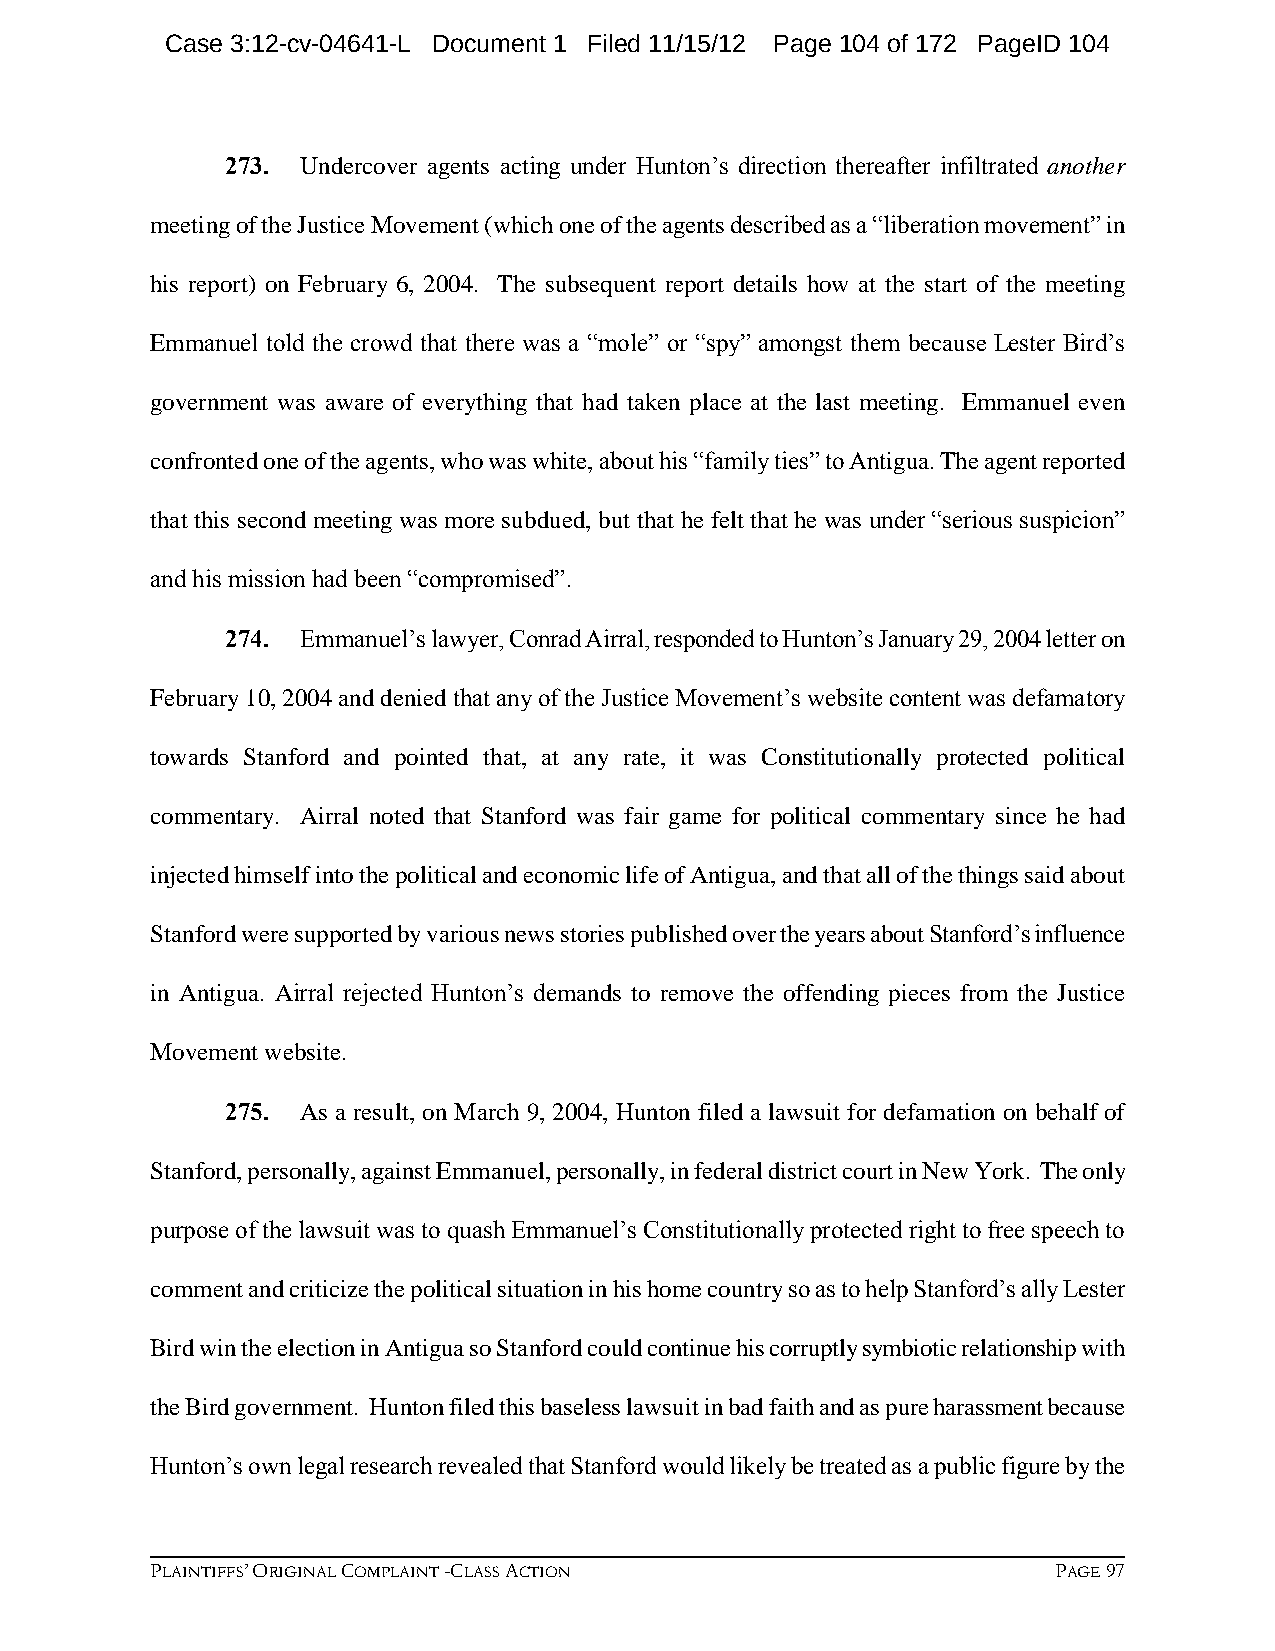
Case 3:12-cv-04641-L Document 1 Filed 11/15/12 Page 104 of 172 PageID 104
 273. Undercover agents acting under Hunton’s direction thereafter infiltrated another
 meeting of the Justice Movement (which one of the agents described as a “liberation movement” in
 his report) on February 6, 2004. The subsequent report details how at the start of the meeting
 Emmanuel told the crowd that there was a “mole” or “spy” amongst them because Lester Bird’s
 government was aware of everything that had taken place at the last meeting. Emmanuel even
 confronted one of the agents, who was white, about his “family ties” to Antigua. The agent reported
 that this second meeting was more subdued, but that he felt that he was under “serious suspicion”
 and his mission had been “compromised”.
 274. Emmanuel’s lawyer, Conrad Airral, responded to Hunton’s January 29, 2004 letter on
 February 10, 2004 and denied that any of the Justice Movement’s website content was defamatory
 towards Stanford and pointed that, at any rate, it was Constitutionally protected political
 commentary. Airral noted that Stanford was fair game for political commentary since he had
 injected himself into the political and economic life of Antigua, and that all of the things said about
 Stanford were supported by various news stories published over the years about Stanford’s influence
 in Antigua. Airral rejected Hunton’s demands to remove the offending pieces from the Justice
 Movement website.
 275. As a result, on March 9, 2004, Hunton filed a lawsuit for defamation on behalf of
 Stanford, personally, against Emmanuel, personally, in federal district court in New York. The only
 purpose of the lawsuit was to quash Emmanuel’s Constitutionally protected right to free speech to
 comment and criticize the political situation in his home country so as to help Stanford’s ally Lester
 Bird win the election in Antigua so Stanford could continue his corruptly symbiotic relationship with
 the Bird government. Hunton filed this baseless lawsuit in bad faith and as pure harassment because
 Hunton’s own legal research revealed that Stanford would likely be treated as a public figure by the
 PLAINTIFFS’ ORIGINAL COMPLAINT -CLASS ACTION                PAGE 97